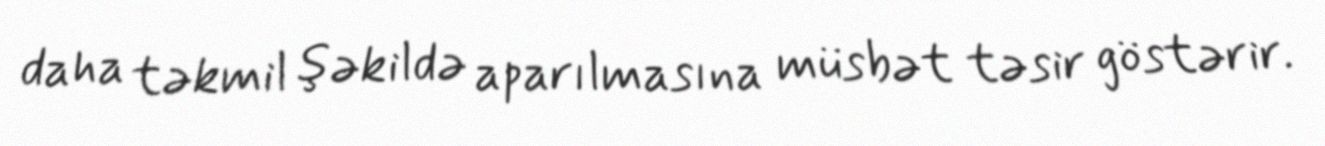
daha təkmil şəkildə aparılmasına müsbət təsir göstərir.